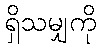
ရှိသမျှကို